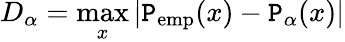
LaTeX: D_{\alpha}=\operatorname*{max}_{x}|\mathtt{P}_{\mathrm{{emp}}}(x)-\mathtt{P}_{\alpha}(x)|